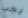
يجب